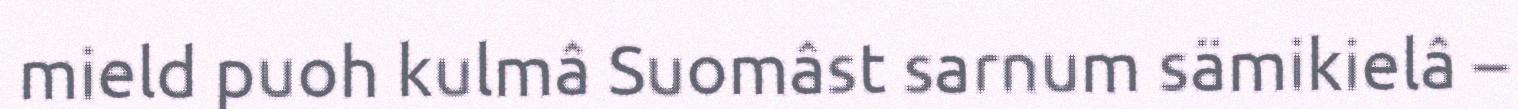
mield puoh kulmâ Suomâst sarnum sämikielâ –